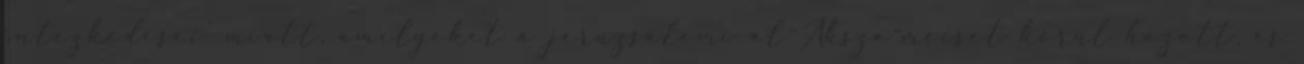
intézkedései’ miatt, amelyeket a jeruzsálemi al-Aksza-mecset körül hozott, és